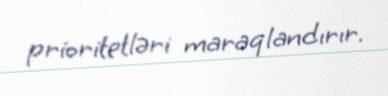
prioritetləri maraqlandırır.